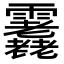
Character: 𩇇